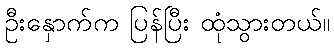
ဦးနှောက်က ပြန်ပြီး ထုံသွားတယ်။